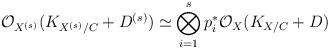
LaTeX: \begin{align*}\mathcal O_{X^{(s)}}(K_{X^{(s)}/C}+D^{(s)})\simeq \bigotimes _{i=1}^s p_i^* \mathcal O_X(K_{X/C}+D)\end{align*}